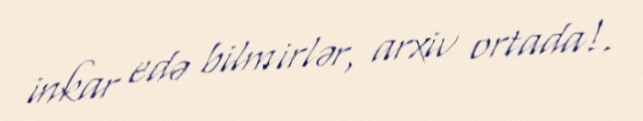
inkar edə bilmirlər, arxiv ortada!.